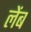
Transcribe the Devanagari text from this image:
लेंब